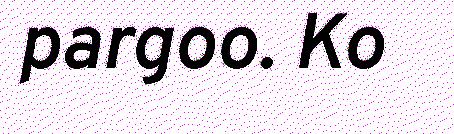
pargoo. Ko